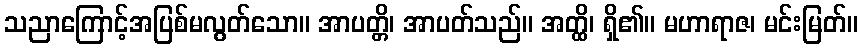
သညာကြောင့်အပြစ်မလွတ်သော။ အာပတ္တိ၊ အာပတ်သည်။ အတ္ထိ၊ ရှိ၏။ မဟာရာဇ၊ မင်းမြတ်။